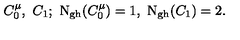
C _ { 0 } ^ { \mu } , \ C _ { 1 } ; \ \mathrm { N _ { g h } } ( C _ { 0 } ^ { \mu } ) = 1 , \ \mathrm { N _ { g h } } ( C _ { 1 } ) = 2 .